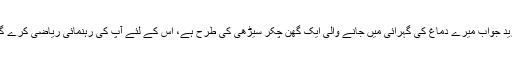
مزید جواب میرے دماغ کی گہرائی میں جانے والی ایک گھن چکر سیڑھی کی طرح ہے، اس کے لئے آپ کی رہنمائی ریاضی کرے گی۔